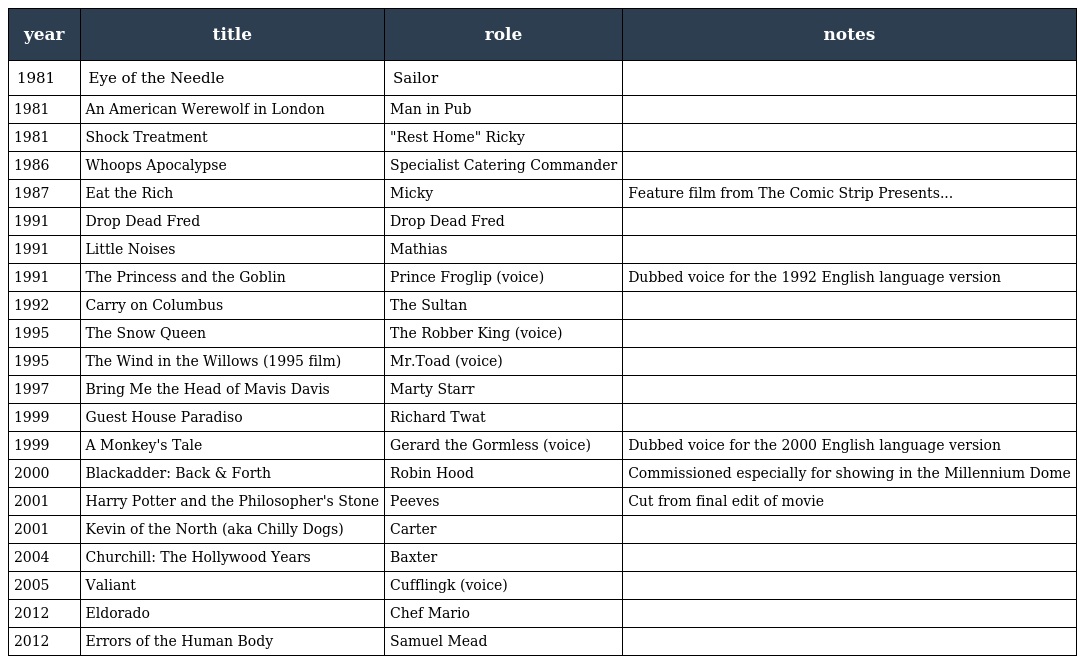
| year | title | role | notes |
 | --- | --- | --- | --- |
 | 1981 | Eye of the Needle | Sailor |  |
 | 1981 | An American Werewolf in London | Man in Pub |  |
 | 1981 | Shock Treatment | "Rest Home" Ricky |  |
 | 1986 | Whoops Apocalypse | Specialist Catering Commander |  |
 | 1987 | Eat the Rich | Micky | Feature film from The Comic Strip Presents... |
 | 1991 | Drop Dead Fred | Drop Dead Fred |  |
 | 1991 | Little Noises | Mathias |  |
 | 1991 | The Princess and the Goblin | Prince Froglip (voice) | Dubbed voice for the 1992 English language version |
 | 1992 | Carry on Columbus | The Sultan |  |
 | 1995 | The Snow Queen | The Robber King (voice) |  |
 | 1995 | The Wind in the Willows (1995 film) | Mr.Toad (voice) |  |
 | 1997 | Bring Me the Head of Mavis Davis | Marty Starr |  |
 | 1999 | Guest House Paradiso | Richard Twat |  |
 | 1999 | A Monkey's Tale | Gerard the Gormless (voice) | Dubbed voice for the 2000 English language version |
 | 2000 | Blackadder: Back & Forth | Robin Hood | Commissioned especially for showing in the Millennium Dome |
 | 2001 | Harry Potter and the Philosopher's Stone | Peeves | Cut from final edit of movie |
 | 2001 | Kevin of the North (aka Chilly Dogs) | Carter |  |
 | 2004 | Churchill: The Hollywood Years | Baxter |  |
 | 2005 | Valiant | Cufflingk (voice) |  |
 | 2012 | Eldorado | Chef Mario |  |
 | 2012 | Errors of the Human Body | Samuel Mead |  |